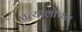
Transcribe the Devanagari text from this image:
प्रत्यालोचन